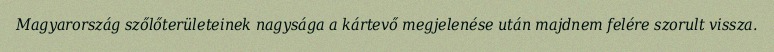
Magyarország szőlőterületeinek nagysága a kártevő megjelenése után majdnem felére szorult vissza.